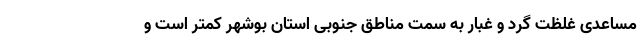
مساعدی غلظت گرد و غبار به سمت مناطق جنوبی استان بوشهر کمتر است و